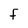
Character: F